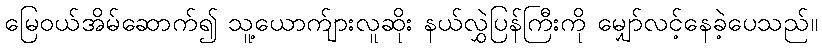
မြေဝယ်အိမ်ဆောက်၍ သူ့ယောက်ျားလူဆိုး နယ်လွှဲပြန်ကြီးကို မျှော်လင့်နေခဲ့ပေသည်။